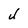
Character: J